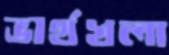
ভার্থখলা